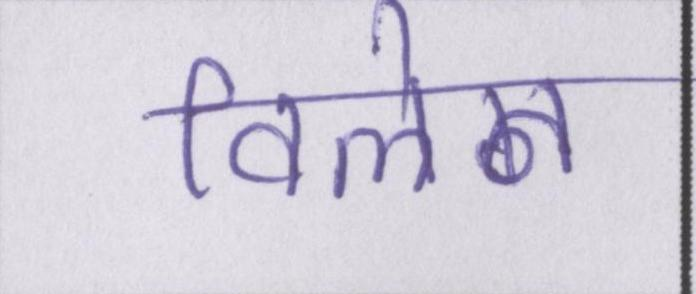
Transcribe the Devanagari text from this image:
विलेन